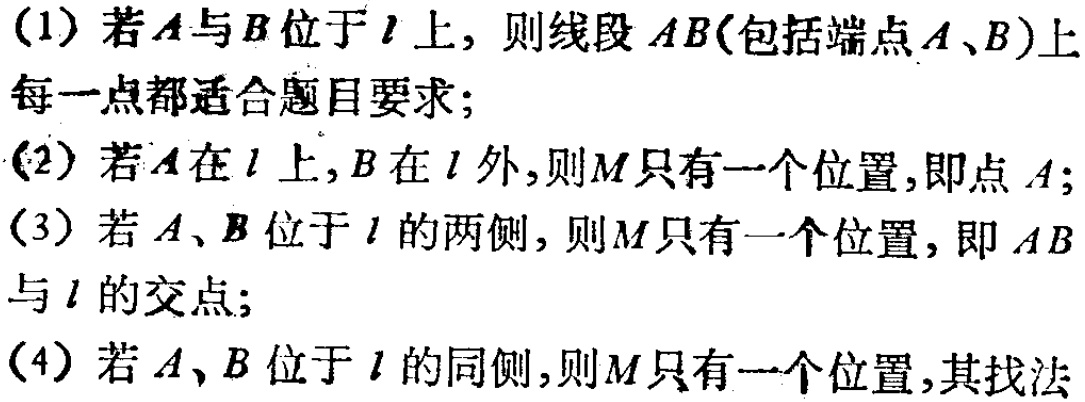
(1) 若\(A\)与\(B\)位于\(l\)上，则线段\(AB\)(包括端点\(A\)、\(B\))上每一点都适合题目要求；

(2) 若\(A\)在\(l\)上，\(B\)在\(l\)外，则\(M\)只有一个位置，即点\(A\)；

(3) 若\(A\)、\(B\)位于\(l\)的两侧，则\(M\)只有一个位置，即\(AB\)与\(l\)的交点；

(4) 若\(A\)、\(B\)位于\(l\)的同侧，则\(M\)只有一个位置，其找法